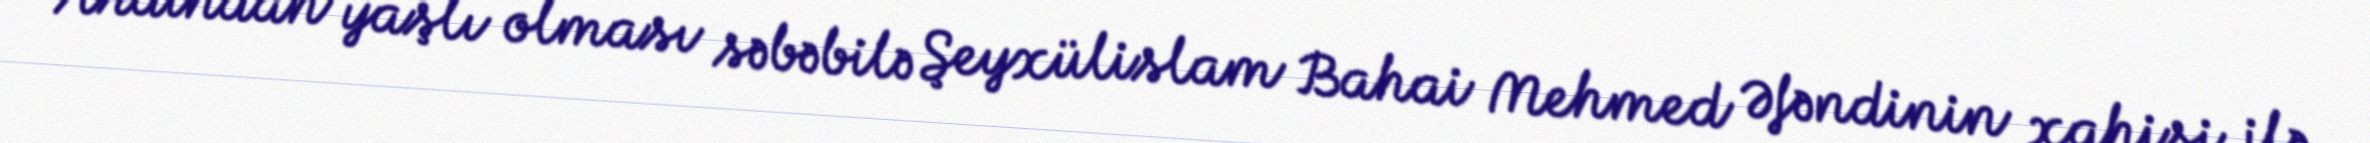
Ardından yaşlı olması səbəbilə Şeyxülislam Bahai Mehmed Əfəndinin xahişi ilə